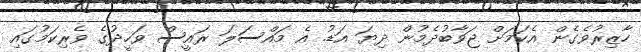
ހާޒިރުވެގެން އެކަމަށް ޖަވާބުދެމުން ދިޔަ އަޑު. އެ މައްސަލަ ރައީސް ވަހީދުގެ ވެރިކަމުގައި